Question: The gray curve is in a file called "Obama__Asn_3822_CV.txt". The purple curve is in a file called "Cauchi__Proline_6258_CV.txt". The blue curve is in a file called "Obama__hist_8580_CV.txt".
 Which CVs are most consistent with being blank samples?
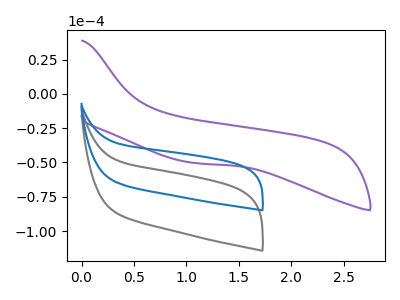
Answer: <think>The gray curve "Asn" has no peaks. The purple curve "Proline" has no peaks. The blue curve "hist" has no peaks.</think>
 <answer>"Asn", "Proline" and "hist" are likely to be blanks.</answer>
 <eval>"Asn", "Proline", "hist"</eval>